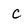
Character: c